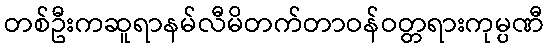
တစ်ဦးကဆူရာနမ်လီမိတက်တာဝန်ဝတ္တရားကုမ္ပဏီ